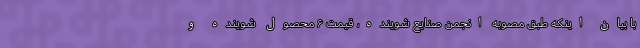
با بیان اینکه طبق مصوبه انجمن صنایع شوینده، قیمت ۶ محصول شوینده و